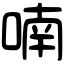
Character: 喃